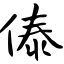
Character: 傣